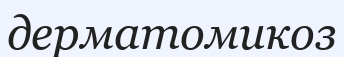
дерматомикоз